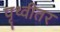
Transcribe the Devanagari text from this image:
पृथ्वीतर